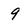
Character: 9